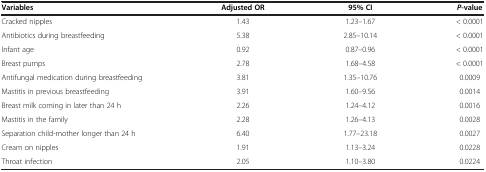
<table><thead><tr><td><b>Variables</b></td><td><b>Adjusted OR</b></td><td><b>95% CI</b></td><td><b><i>P</i>-value</b></td></tr></thead><tbody><tr><td>Cracked nipples</td><td>1.43</td><td>1.23–1.67</td><td>&lt; 0.0001</td></tr><tr><td>Antibiotics during breastfeeding</td><td>5.38</td><td>2.85–10.14</td><td>&lt; 0.0001</td></tr><tr><td>Infant age</td><td>0.92</td><td>0.87–0.96</td><td>&lt; 0.0001</td></tr><tr><td>Breast pumps</td><td>2.78</td><td>1.68–4.58</td><td>&lt; 0.0001</td></tr><tr><td>Antifungal medication during breastfeeding</td><td>3.81</td><td>1.35–10.76</td><td>0.0009</td></tr><tr><td>Mastitis in previous breastfeeding</td><td>3.91</td><td>1.60–9.56</td><td>0.0014</td></tr><tr><td>Breast milk coming in later than 24 h</td><td>2.26</td><td>1.24–4.12</td><td>0.0016</td></tr><tr><td>Mastitis in the family</td><td>2.28</td><td>1.26–4.13</td><td>0.0028</td></tr><tr><td>Separation child-mother longer than 24 h</td><td>6.40</td><td>1.77–23.18</td><td>0.0027</td></tr><tr><td>Cream on nipples</td><td>1.91</td><td>1.13–3.24</td><td>0.0228</td></tr><tr><td>Throat infection</td><td>2.05</td><td>1.10–3.80</td><td>0.0224</td></tr></tbody></table>